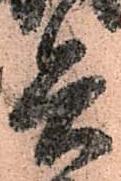
兵